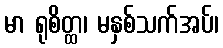
မာ ရုစိတ္ထ၊ မနှစ်သက်အပ်၊